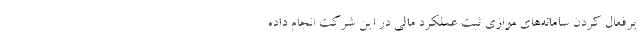
یرفعال کردن سامانه‌های موازی ثبت عملکرد مالی در این شرکت انجام داده